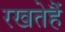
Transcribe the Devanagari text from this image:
रखतेहैं